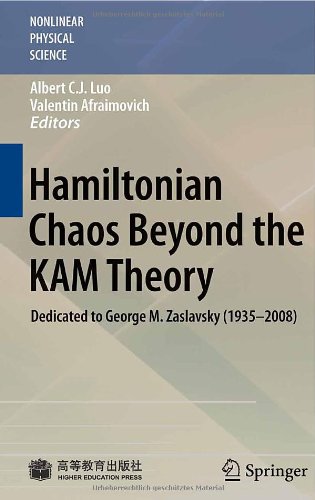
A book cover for Hamiltonian Chaos Beyond the KAM Theory: Dedicated to George M. Zaslavsky (19352008) (Nonlinear Physical Science); Science & Math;